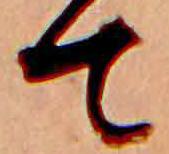
て